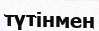
түтінмен